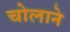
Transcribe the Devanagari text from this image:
चोलाने